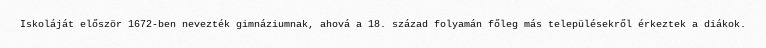
Iskoláját először 1672-ben nevezték gimnáziumnak, ahová a 18. század folyamán főleg más településekről érkeztek a diákok.